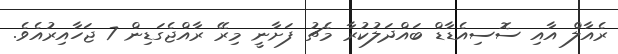
ރެއާލް އާއި ސޮސިއެޑާޑް ބައްދަލުކުރާ މެޗު ފަށާނީ މިރޭ ރާއްޖެގަޑިން 7 ޖަހާއިރުއެވެ.